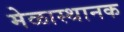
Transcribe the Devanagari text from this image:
मेळास्थानक